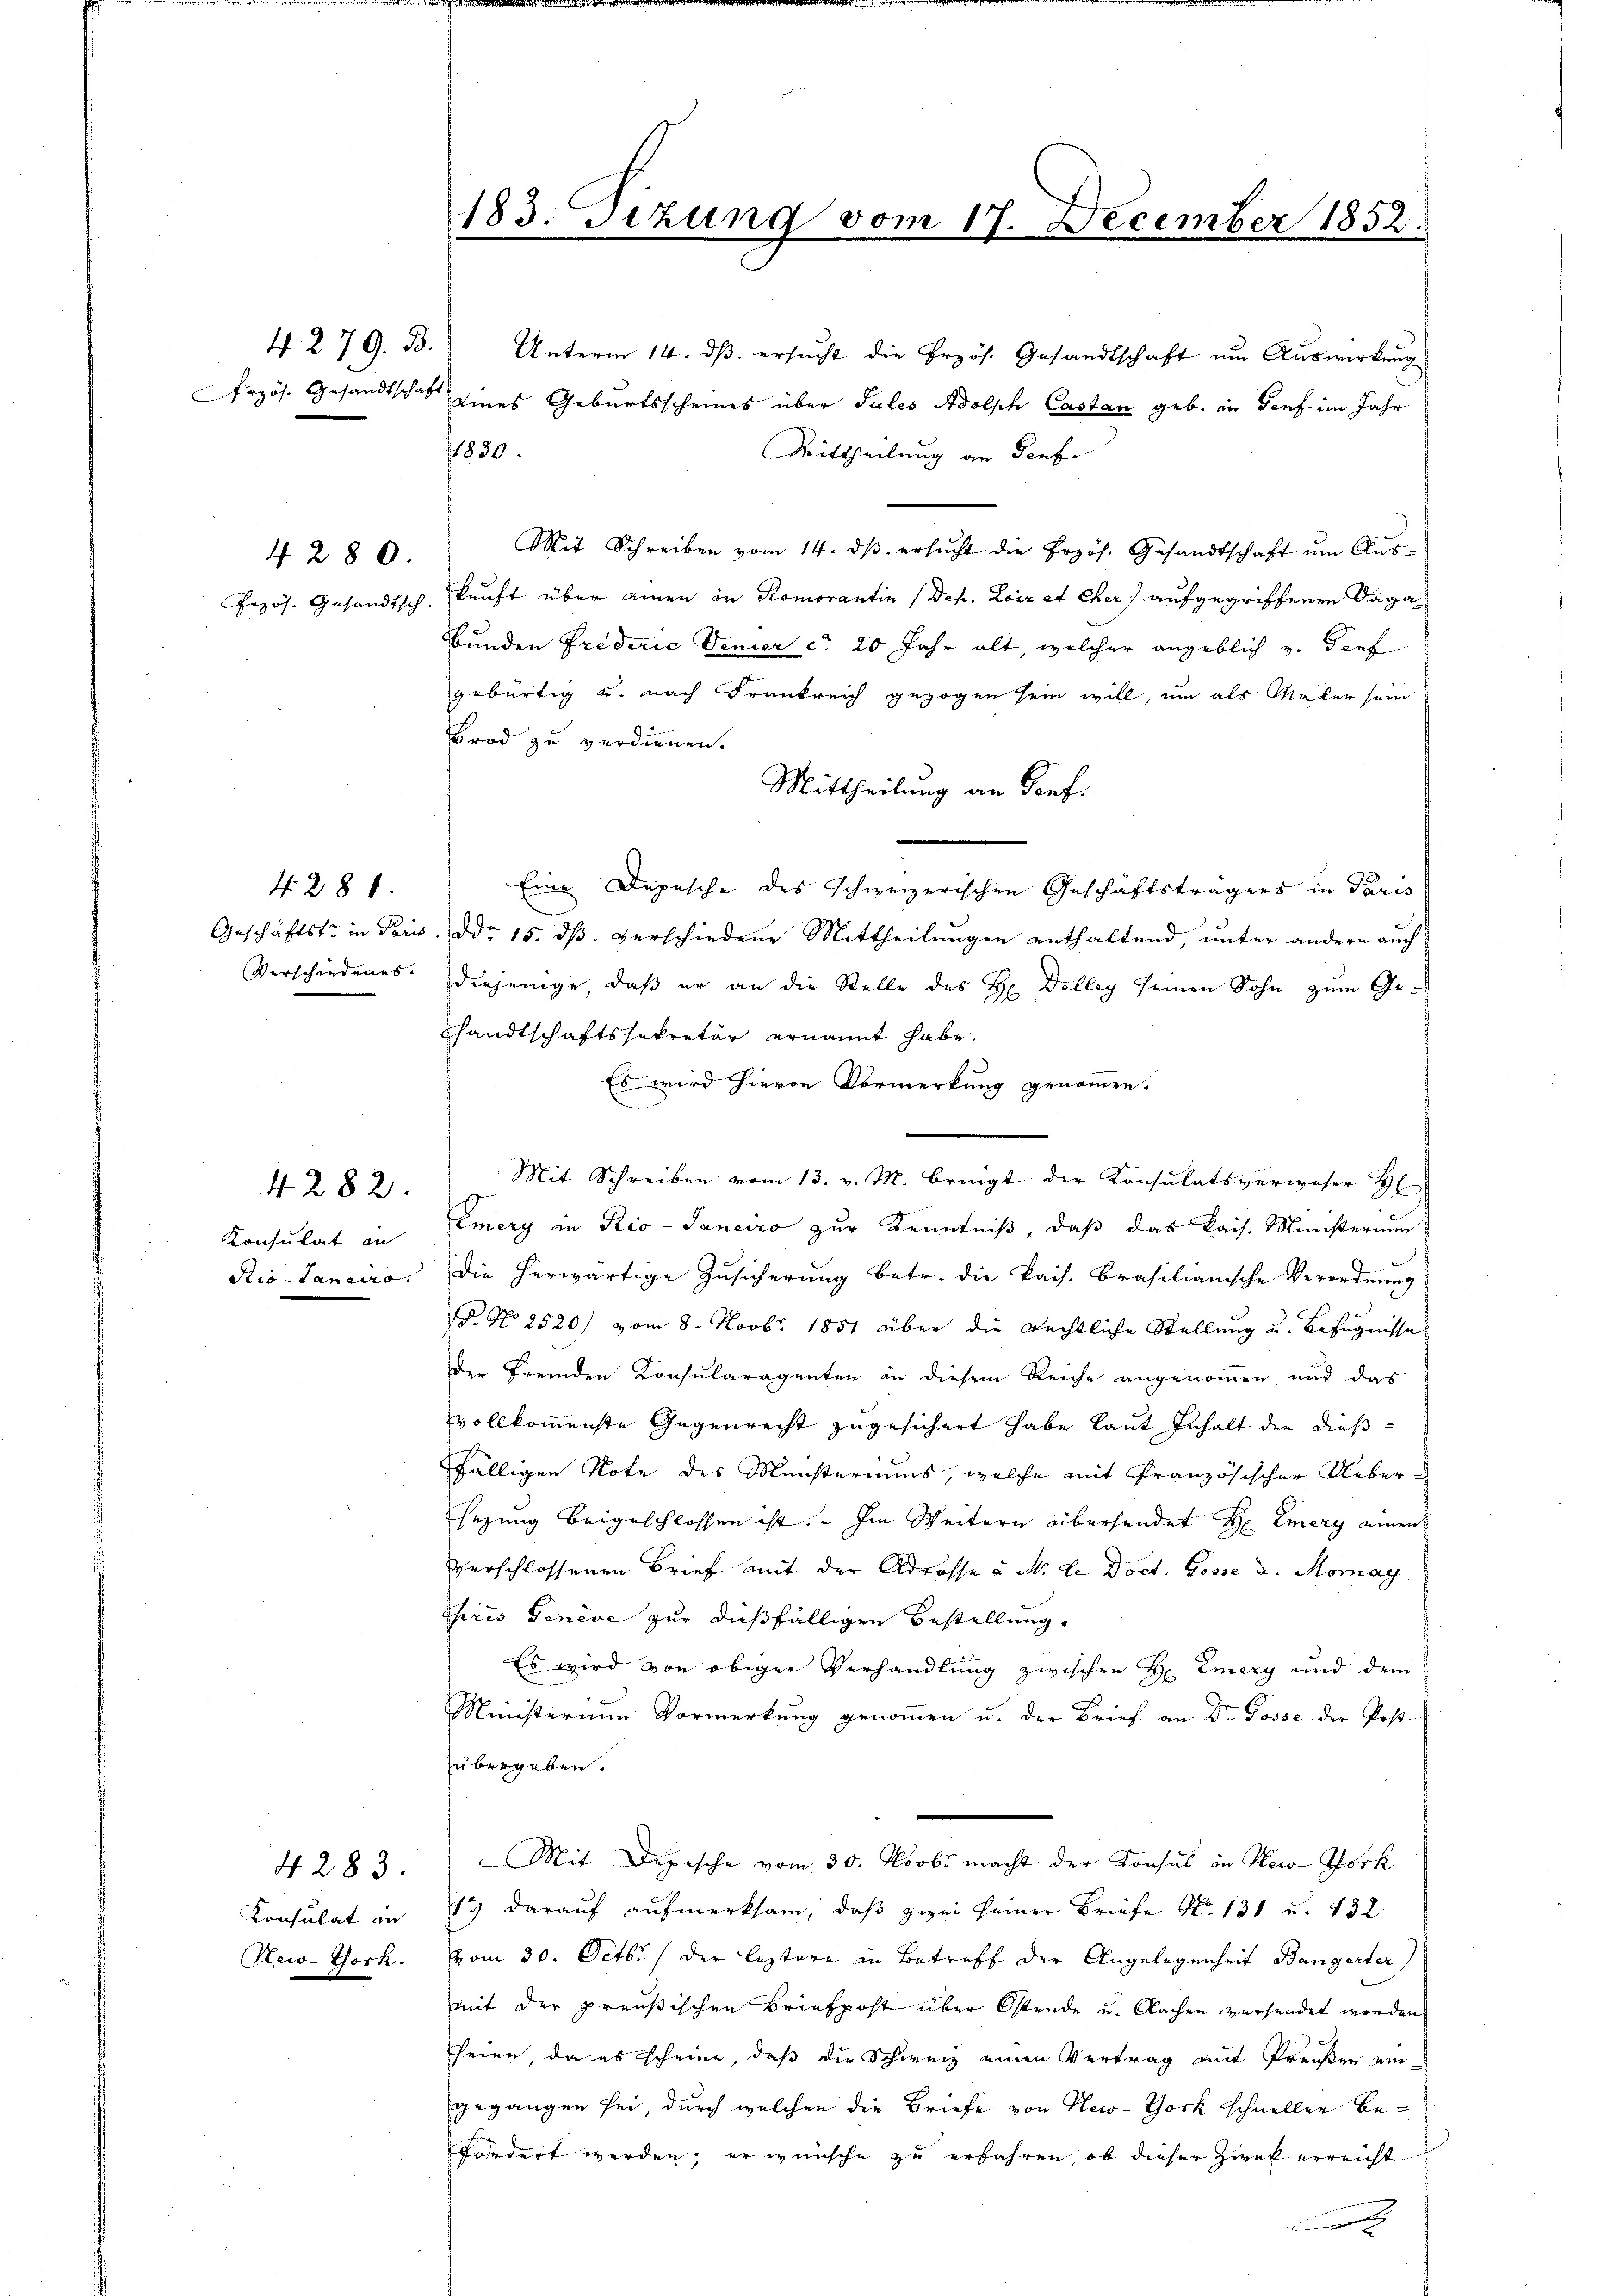
4. 279. B.
rzös. Gesandtschaft

4280.

Verschiedenes.

4286.

4282.
Konsulat in
Rio-Janeiro

4283.
Konsulat in
New-York.

183. Tizung vom 17. December 1852.

Unterm 14. dβ. ersŭcht die Erzös. Gesandtschaft ŭm Aŭswirkung
eines Geburtsscheines über Sules Adolph Castan geb. in Genf im Jahr
1830.
Mittheilung an Senf
Mit Schreiben vom 14. dβ ersŭcht die Erzös. Gesandtschaft ŭm Aŭs-
Przös. Gesandtsch, kunft über einen in Komorantin (Deh. Loir et cher) aufgegriffenen Saga¬
Bunden Friderić Venier ca 20 Jahr alt, welcher angeblich v. Genf
gebürtig u. nach Frankreich gezogen sein will, um als Maler sein
Brod zu verdienen.
Mittheilung an Dorf¬
Eine Depesche des schweizerischen Geschäftsträgers in Paris
Geschäftste in Paris. Ddo 15. dß. verschiedene Mittheilungen enthaltend, unter andern auch
diejenige, daß er an die Stelle des H. Delley seinen Sohn zum Geshandtschaftssekretär ernannt habe.
Es wird hievon Vormerkung genommen.
Mit Schreiben vom 13. v. M. bringt der Konsulatsverweser H
Emery in Rio-Janeiro zur Kenntniß, daß das kais. Ministerium
die herwärtige Zusicherung betr. die kais. Brasilianische Verordnung
P. No 2520) vom 8. Novbr. 1851 über die rechtliche Stellung u. Befugnisse
der Fremden Konsularagenten in diesem Reiche angenommen und das
vollkommenste Gegenrecht zugesichert habe laut Inhalt der dießfälligen Note des Münsteriums, welche mit Französischer Uebersezung beigeschlossen ist. Im Weitern übersendet H. Emery einen
verschlossenen Brief mit der Adrosse v. M. L. Doct. Gosse u. Moray
Chris Genève zur dießfälligen Bestellung.
Es wird von obiger Verhandlung zwischen H. Emery und dem
Ministerium Vormerkung genommen u. der Brief an Dr. Posse der Post
übergeben.
Mit Depesche vom 30. Novbr macht der Konsul in New-York
13) daraŭf aŭfmerksam, daβ zwei seiner Briefe No 131 u. 432
vom 30. Octbr. / der leztere in Betreff der Angelegenheit Bangerter
mit der preußischen Briefpost über Ostende u. Nachen versendet worden
.
seien, da es scheine, daß die Schweiz einen Vertrag mit Preißen eingegangen sei, durch welchen die Briefe von New-York schneller befordert werden, er wünsche zu erfahren, ob dieser Zwek erreicht